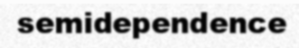
semidependence